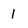
Character: 1